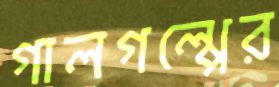
গালগল্পের